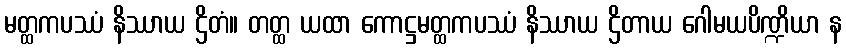
မတ္ထကပဿံ နိဿာယ ဌိတံ။ တတ္ထ ယထာ ကောဋ္ဌမတ္ထကပဿံ နိဿာယ ဌိတာယ ဂေါမယပိဏ္ဍိယာ န